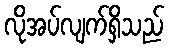
လိုအပ်လျက်ရှိသည်